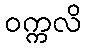
ဝက္ကလိ